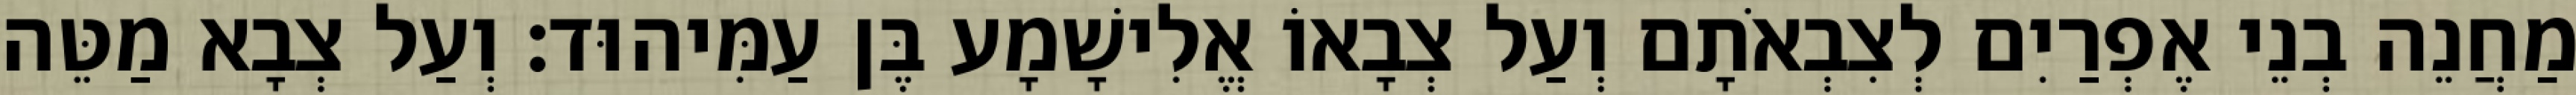
מַחֲנֵה בְנֵי אֶפְרַיִם לְצִבְאֹתָם וְעַל צְבָאוֹ אֱלִישָׁמָע בֶּן עַמִּיהוּד׃ וְעַל צְבָא מַטֵּה